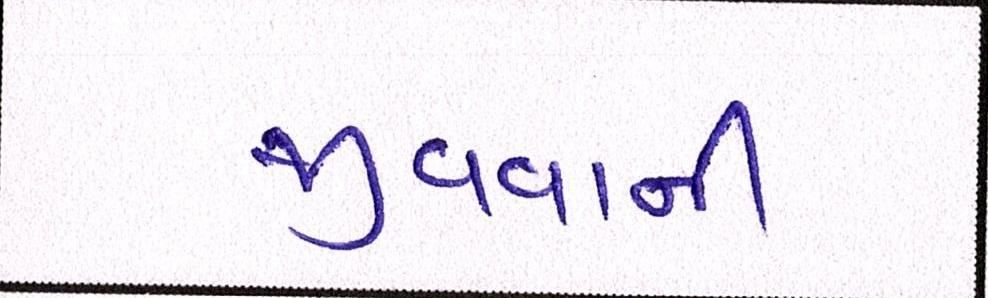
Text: જીવવાની